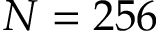
N = 2 5 6